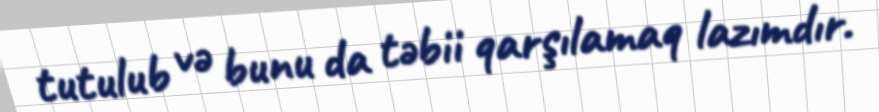
tutulub və bunu da təbii qarşılamaq lazımdır.